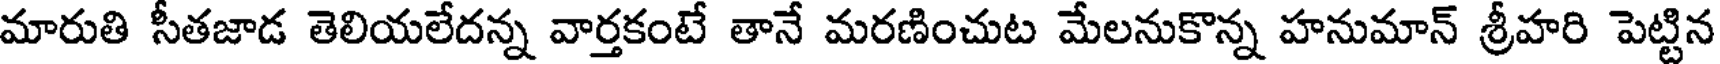
మారుతి సీతజాడ తెలియలేదన్న వార్తకంటే తానే మరణించుట మేలనుకొన్న హనుమాన్ శ్రీహరి పెట్టిన